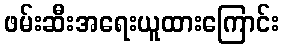
ဖမ်းဆီးအရေးယူထားကြောင်း